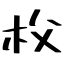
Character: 𣏤